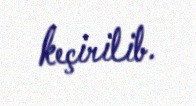
keçirilib.